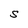
Character: S